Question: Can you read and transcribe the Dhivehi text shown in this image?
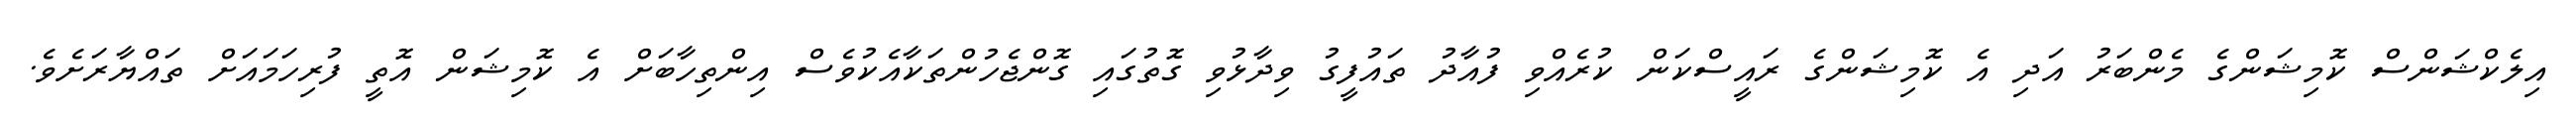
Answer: އިލެކްޝަންސް ކޮމިޝަންގެ މެންބަރު އަދި އެ ކޮމިޝަންގެ ރައީސްކަން ކުރެއްވި ފުއާދު ތައުފީގު ވިދާޅުވި ގޮތުގައި ގޮންޖެހުންތަކާއެކުވެސް އިންތިހާބަށް އެ ކޮމިޝަން އޮތީ ފުރިހަމައަށް ތައްޔާރަށެވެ.